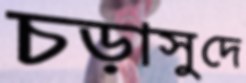
চড়াসুদে